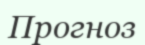
Прогноз